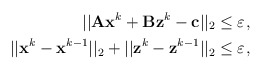
\begin{align*}||\mathbf{A}\mathbf{x}^k+\mathbf{B}\mathbf{z}^k-\mathbf{c}||_2 &\leq \varepsilon_{}, \ \\||\mathbf{x}^k-\mathbf{x}^{k-1}||_2+||\mathbf{z}^k-\mathbf{z}^{k-1}||_2 &\leq \varepsilon_{},\end{align*}